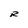
Character: R